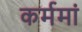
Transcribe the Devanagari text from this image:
कर्ममां